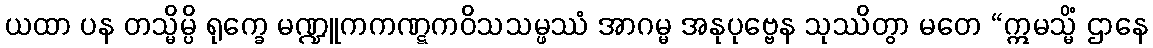
ယထာ ပန တသ္မိမ္ပိ ရုက္ခေ မဏ္ဍူကကဏ္ဋကဝိသသမ္ဖဿံ အာဂမ္မ အနုပုဗ္ဗေန သုဿိတွာ မတေ “ဣမသ္မိံ ဌာနေ